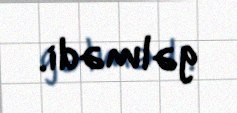
gəlmədi.